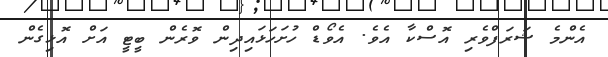
އެންމެ ޝަރަފްވެރި އޮސްކާ އެވެ. އެވޯޑް ހުށަހަޅައިދިން ވޮރެން ބީޓީ އަށް އޮޅިގެން